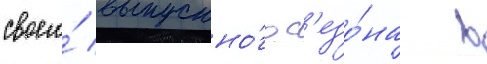
своего́ выпускно́го с'езо́на в